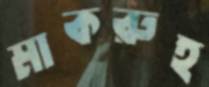
মাকরুহ